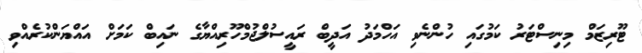
ޓޫރިޒަމް މިނިސްޓަރު ކަމުގައި ހުންނެވި އަހްމަދު އަދީބް ރައީސުލްޖުމްހޫރިއްޔާގެ ނައިބް ކަމަށް އައްޔަންކުރެއްވި